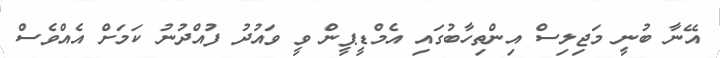
އޭނާ ބުނީ މަޖިލިސް އިންތިހާބުގައި އެމްޑީޕީން ވީ ވައުދު ފުއްދުނު ކަމަށް އެއްވެސް